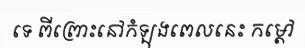
ទេ ពីព្រោះនៅកំឡុងពេលនេះ កម្តៅ